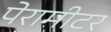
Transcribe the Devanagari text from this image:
पेरामीटर